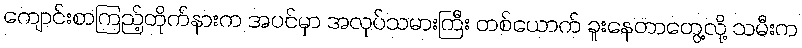
ကျောင်းစာကြည့်တိုက်နားက အပင်မှာ အလုပ်သမားကြီး တစ်ယောက် ခူးနေတာတွေ့လို့ သမီးက